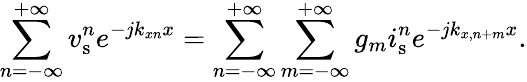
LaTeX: \sum_{n=-\infty}^{+\infty}v_{\mathrm{s}}^{n}e^{-jk_{xn}x}=\sum_{n=-\infty}^{+\infty}\sum_{m=-\infty}^{+\infty}g_{m}i_{\mathrm{s}}^{n}e^{-jk_{x,n+m}x}.